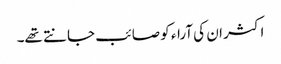
اکثر ان کی آراء کو صائب جانتے تھے۔